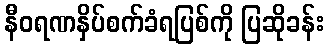
နီဝရဏနှိပ်စက်ခံရပြစ်ကို ပြဆိုခန်း